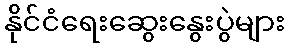
နိုင်ငံရေးဆွေးနွေးပွဲများ